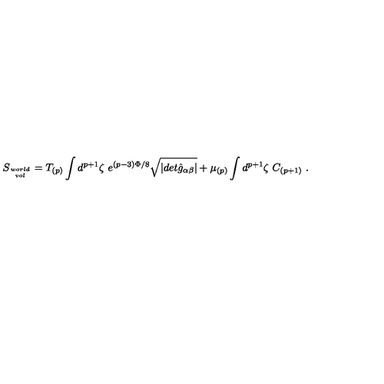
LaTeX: S _ { w o r l d \atop v o l } = T _ { ( p ) } \int d ^ { p + 1 } \zeta \ e ^ { ( p - 3 ) \Phi / 8 } \sqrt { \vert d e t { \hat { g } } _ { \alpha \beta } \vert } + \mu _ { ( p ) } \int d ^ { p + 1 } \zeta \ C _ { ( p + 1 ) } \ .